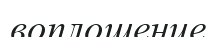
воплощение